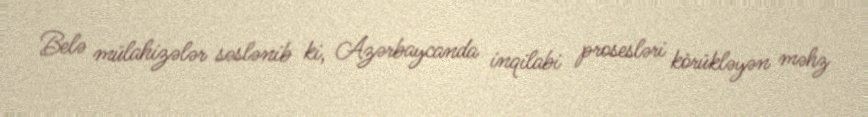
Belə mülahizələr səslənib ki, Azərbaycanda inqilabi prosesləri körükləyən məhz